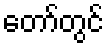
တော်တွင်